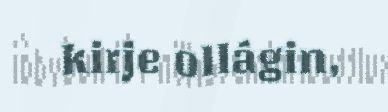
kirje ollágin,